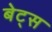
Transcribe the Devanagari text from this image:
बेट्‌स